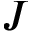
J